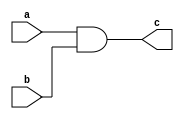
module and_gate(c,a,b);
    input a,b;
    output c;
    reg c;
    always @(a,b)
   c = a&b;
   endmodule